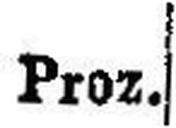
Proz.